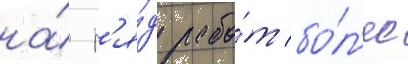
на́ р'я́д рабо́т бо́л'ее